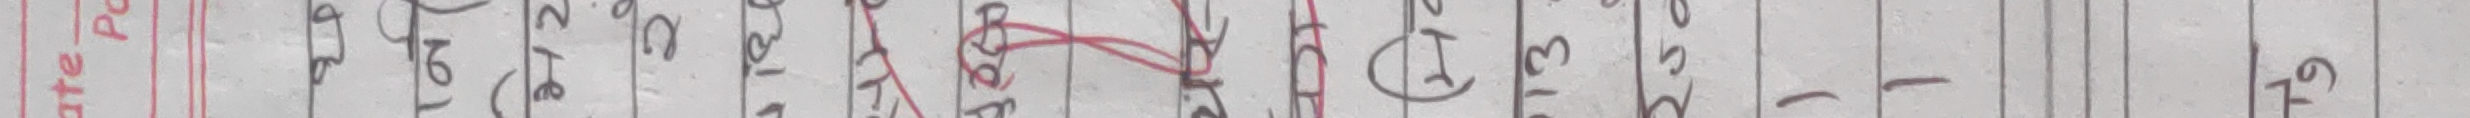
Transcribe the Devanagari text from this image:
डेट-पोटेटो बो। २०२/१९